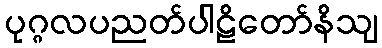
ပုဂ္ဂလပညတ်ပါဠိတော်နိသျ